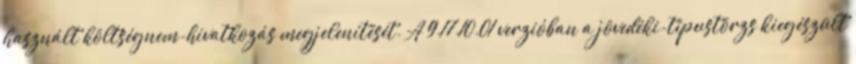
használt költségnem-hivatkozás megjelenítését. A 9.17.10.01 verzióban a jövedéki-típustörzs kiegészült